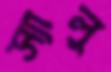
স্যালু